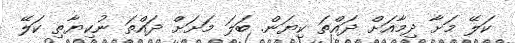
ކަލޭ މަށާ ދިމާއަށް ދައްތަ ކިޔަން. ބަލަ މަށަށް ދައްތަ ނުކިޔާތި ކަލޭ